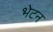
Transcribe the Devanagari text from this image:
भेटन